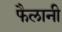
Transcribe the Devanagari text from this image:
फैलानी